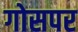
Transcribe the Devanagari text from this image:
गोसपर